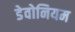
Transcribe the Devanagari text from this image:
डेवोनियम